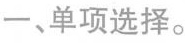
一、单项选择。